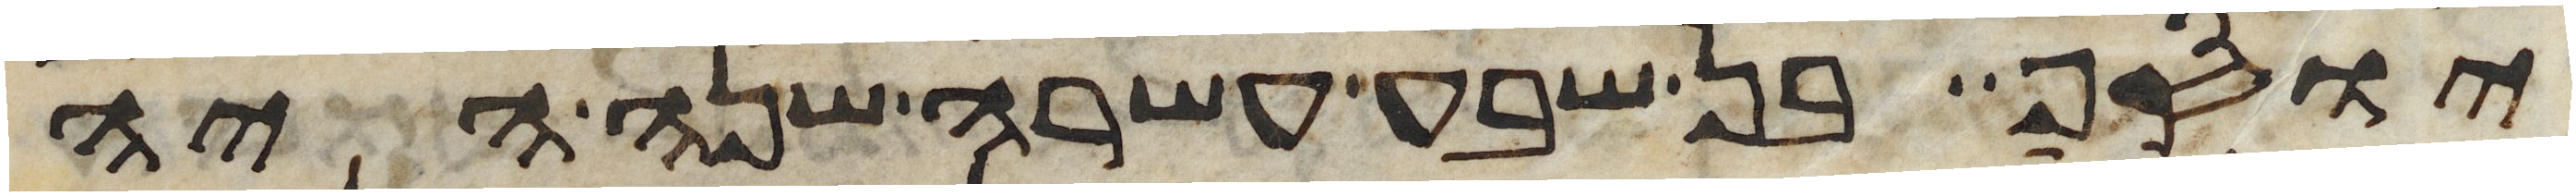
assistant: יוסף בן שבע עשרה שנה היה